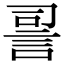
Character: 䛐